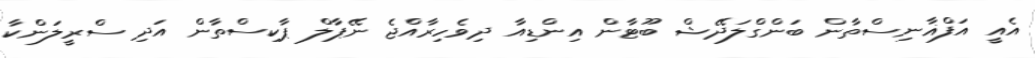
އެއީ އަފްޣާނިސްތާން ބަންގްލަދޭޝް ބޫޓާން އިންޑިއާ ދިވެހިރާއްޖެ ނޭޕާލް ޕާކިސްތާން އަދި ސްރީލަންކާ